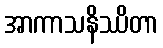
အာကာသနိဿိတာ